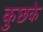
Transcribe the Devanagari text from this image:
कुछके